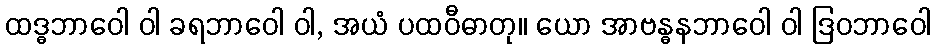
ထဒ္ဓဘာဝေါ ဝါ ခရဘာဝေါ ဝါ, အယံ ပထဝီဓာတု။ ယော အာဗန္ဓနဘာဝေါ ဝါ ဒြဝဘာဝေါ